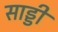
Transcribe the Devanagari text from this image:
साड्डी